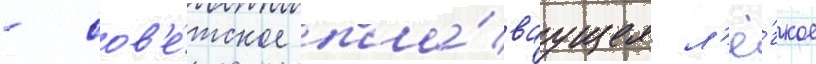
- сов'е́тское пла́ваущее л'ё́гкое